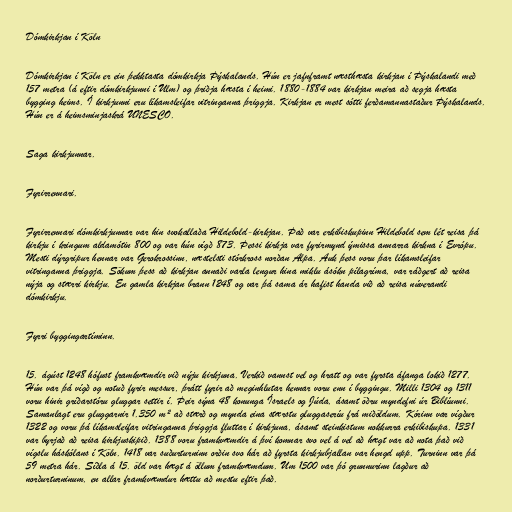
Dómkirkjan í Köln

Dómkirkjan í Köln er ein þekktasta dómkirkja Þýskalands. Hún er jafnframt næsthæsta kirkjan í Þýskalandi með
157 metra (á eftir dómkirkjunni í Ulm) og þriðja hæsta í heimi. 1880-1884 var kirkjan meira að segja hæsta
bygging heims. Í kirkjunni eru líkamsleifar vitringanna þriggja. Kirkjan er mest sótti ferðamannastaður Þýskalands.
Hún er á heimsminjaskrá UNESCO.

Saga kirkjunnar.

Fyrirrennari.

Fyrirrennari dómkirkjunnar var hin svokallaða Hildebold-kirkjan. Það var erkibiskupinn Hildebold sem lét reisa þá
kirkju í kringum aldamótin 800 og var hún vígð 873. Þessi kirkja var fyrirmynd ýmissa annarra kirkna í Evrópu.
Mesti dýrgripur hennar var Gerokrossinn, næstelsti stórkross norðan Alpa. Auk þess voru þar líkamsleifar
vitringanna þriggja. Sökum þess að kirkjan annaði varla lengur hina miklu ásókn pílagríma, var ráðgert að reisa
nýja og stærri kirkju. En gamla kirkjan brann 1248 og var þá sama ár hafist handa við að reisa núverandi
dómkirkju.

Fyrri byggingartíminn.

15. ágúst 1248 hófust framkvæmdir við nýju kirkjuna. Verkið vannst vel og hratt og var fyrsta áfanga lokið 1277.
Hún var þá vígð og notuð fyrir messur, þrátt fyrir að meginhlutar hennar voru enn í byggingu. Milli 1304 og 1311
voru hinir gríðarstóru gluggar settir í. Þeir sýna 48 konunga Ísraels og Júda, ásamt öðru myndefni úr Biblíunni.
Samanlagt eru gluggarnir 1.350 m² að stærð og mynda eina stærstu gluggaseríu frá miðöldum. Kórinn var vígður
1322 og voru þá líkamsleifar vitringanna þriggja fluttar í kirkjuna, ásamt steinkistum nokkurra erkibiskupa. 1331
var byrjað að reisa kirkjuskipið. 1388 voru framkvæmdir á því komnar svo vel á vel að hægt var að nota það við
vígslu háskólans í Köln. 1418 var suðurturninn orðin svo hár að fyrsta kirkjubjallan var hengd upp. Turninn var þá
59 metra hár. Síðla á 15. öld var hægt á öllum framkvæmdum. Um 1500 var þó grunnurinn lagður að
norðurturninum, en allar framkvæmdur hættu að mestu eftir það.